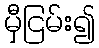
မှီငြမ်း၍